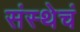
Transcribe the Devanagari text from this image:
संस्थेचं